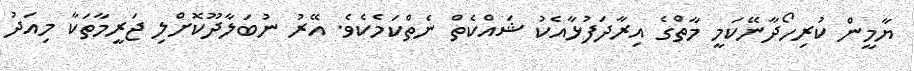
ޔާމީން ކުރިހޯދާނޭކަމީ މާތްގެ އިރާދަފުޅާއެކު ޝައްކެތް ނެތްކަމެކެވެ. އޭރު ނުބަލާދޫކޮށްލި ޖަރީމާތަކާ މިއަދު